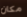
مكان